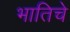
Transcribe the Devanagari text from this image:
भातिचे